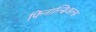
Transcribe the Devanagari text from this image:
फिनान्सिअल्स